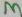
Text: 3